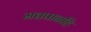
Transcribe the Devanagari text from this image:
मद्यपानहि